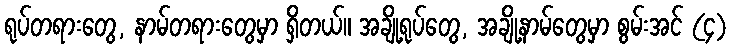
ရုပ်တရားတွေ, နာမ်တရားတွေမှာ ရှိတယ်။ အချို့ရုပ်တွေ, အချို့နာမ်တွေမှာ စွမ်းအင် (၄)